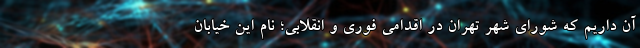
آن داریم که شورای شهر تهران در اقدامی فوری و انقلابی؛ نام این خیابان